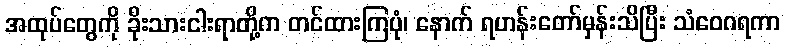
အထုပ်တွေကို ခိုးသားငါးရာတို့က တင်ထားကြပုံ၊ နောက် ရဟန်းတော်မှန်းသိပြီး သံဝေဂရကာ